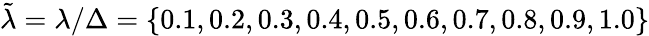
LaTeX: \tilde{\lambda}=\lambda/\Delta=\{ 0.1,0.2,0.3,0.4,0.5,0.6,0.7,0.8,0.9,1.0\}